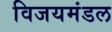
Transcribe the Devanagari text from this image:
विजयमंडल